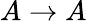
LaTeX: A\rightarrow A